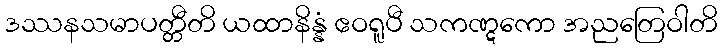
ဒဿနသမာပတ္တီတိ ယထာနိန္နံ ဧဝရူပီ သကဏ္ဋကော အညတြေဝါတိ